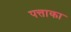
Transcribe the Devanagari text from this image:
पत्ताका